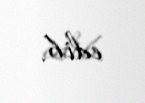
edib.